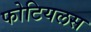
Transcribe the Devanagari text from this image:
फोटियलस